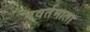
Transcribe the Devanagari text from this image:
पवर्तमाला